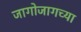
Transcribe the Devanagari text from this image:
जागोजागच्या